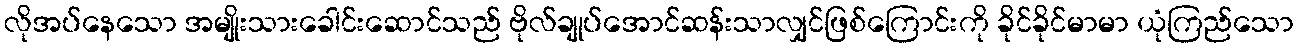
လိုအပ်နေသော အမျိုးသားခေါင်းဆောင်သည် ဗိုလ်ချုပ်အောင်ဆန်းသာလျှင်ဖြစ်ကြောင်းကို ခိုင်ခိုင်မာမာ ယုံကြည်သော